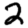
Digit: 2